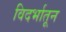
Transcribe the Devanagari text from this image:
विदर्भातून